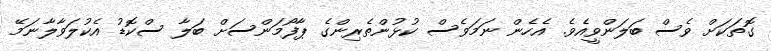
ގޮތަކަށް ވެސް ބަލަންވީއެވެ. އެހެން ނަމަވެސް ކުޅުންތެރިންގެ ޕާފޯމަންސަށް ބަލާ ސްކޮޑު އެކުލަވާލާނަމޭ